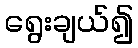
ရွေးချယ်၍